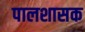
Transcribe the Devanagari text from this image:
पालशासक